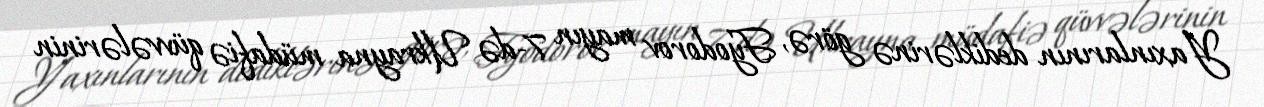
Yaxınlarının dediklərinə görə, Fyodorov mayın 7-də Ukrayna müdafiə qüvvələrinin